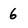
Character: 6